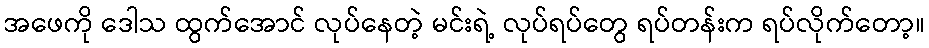
အဖေကို ဒေါသ ထွက်အောင် လုပ်နေတဲ့ မင်းရဲ့ လုပ်ရပ်တွေ ရပ်တန်းက ရပ်လိုက်တော့။